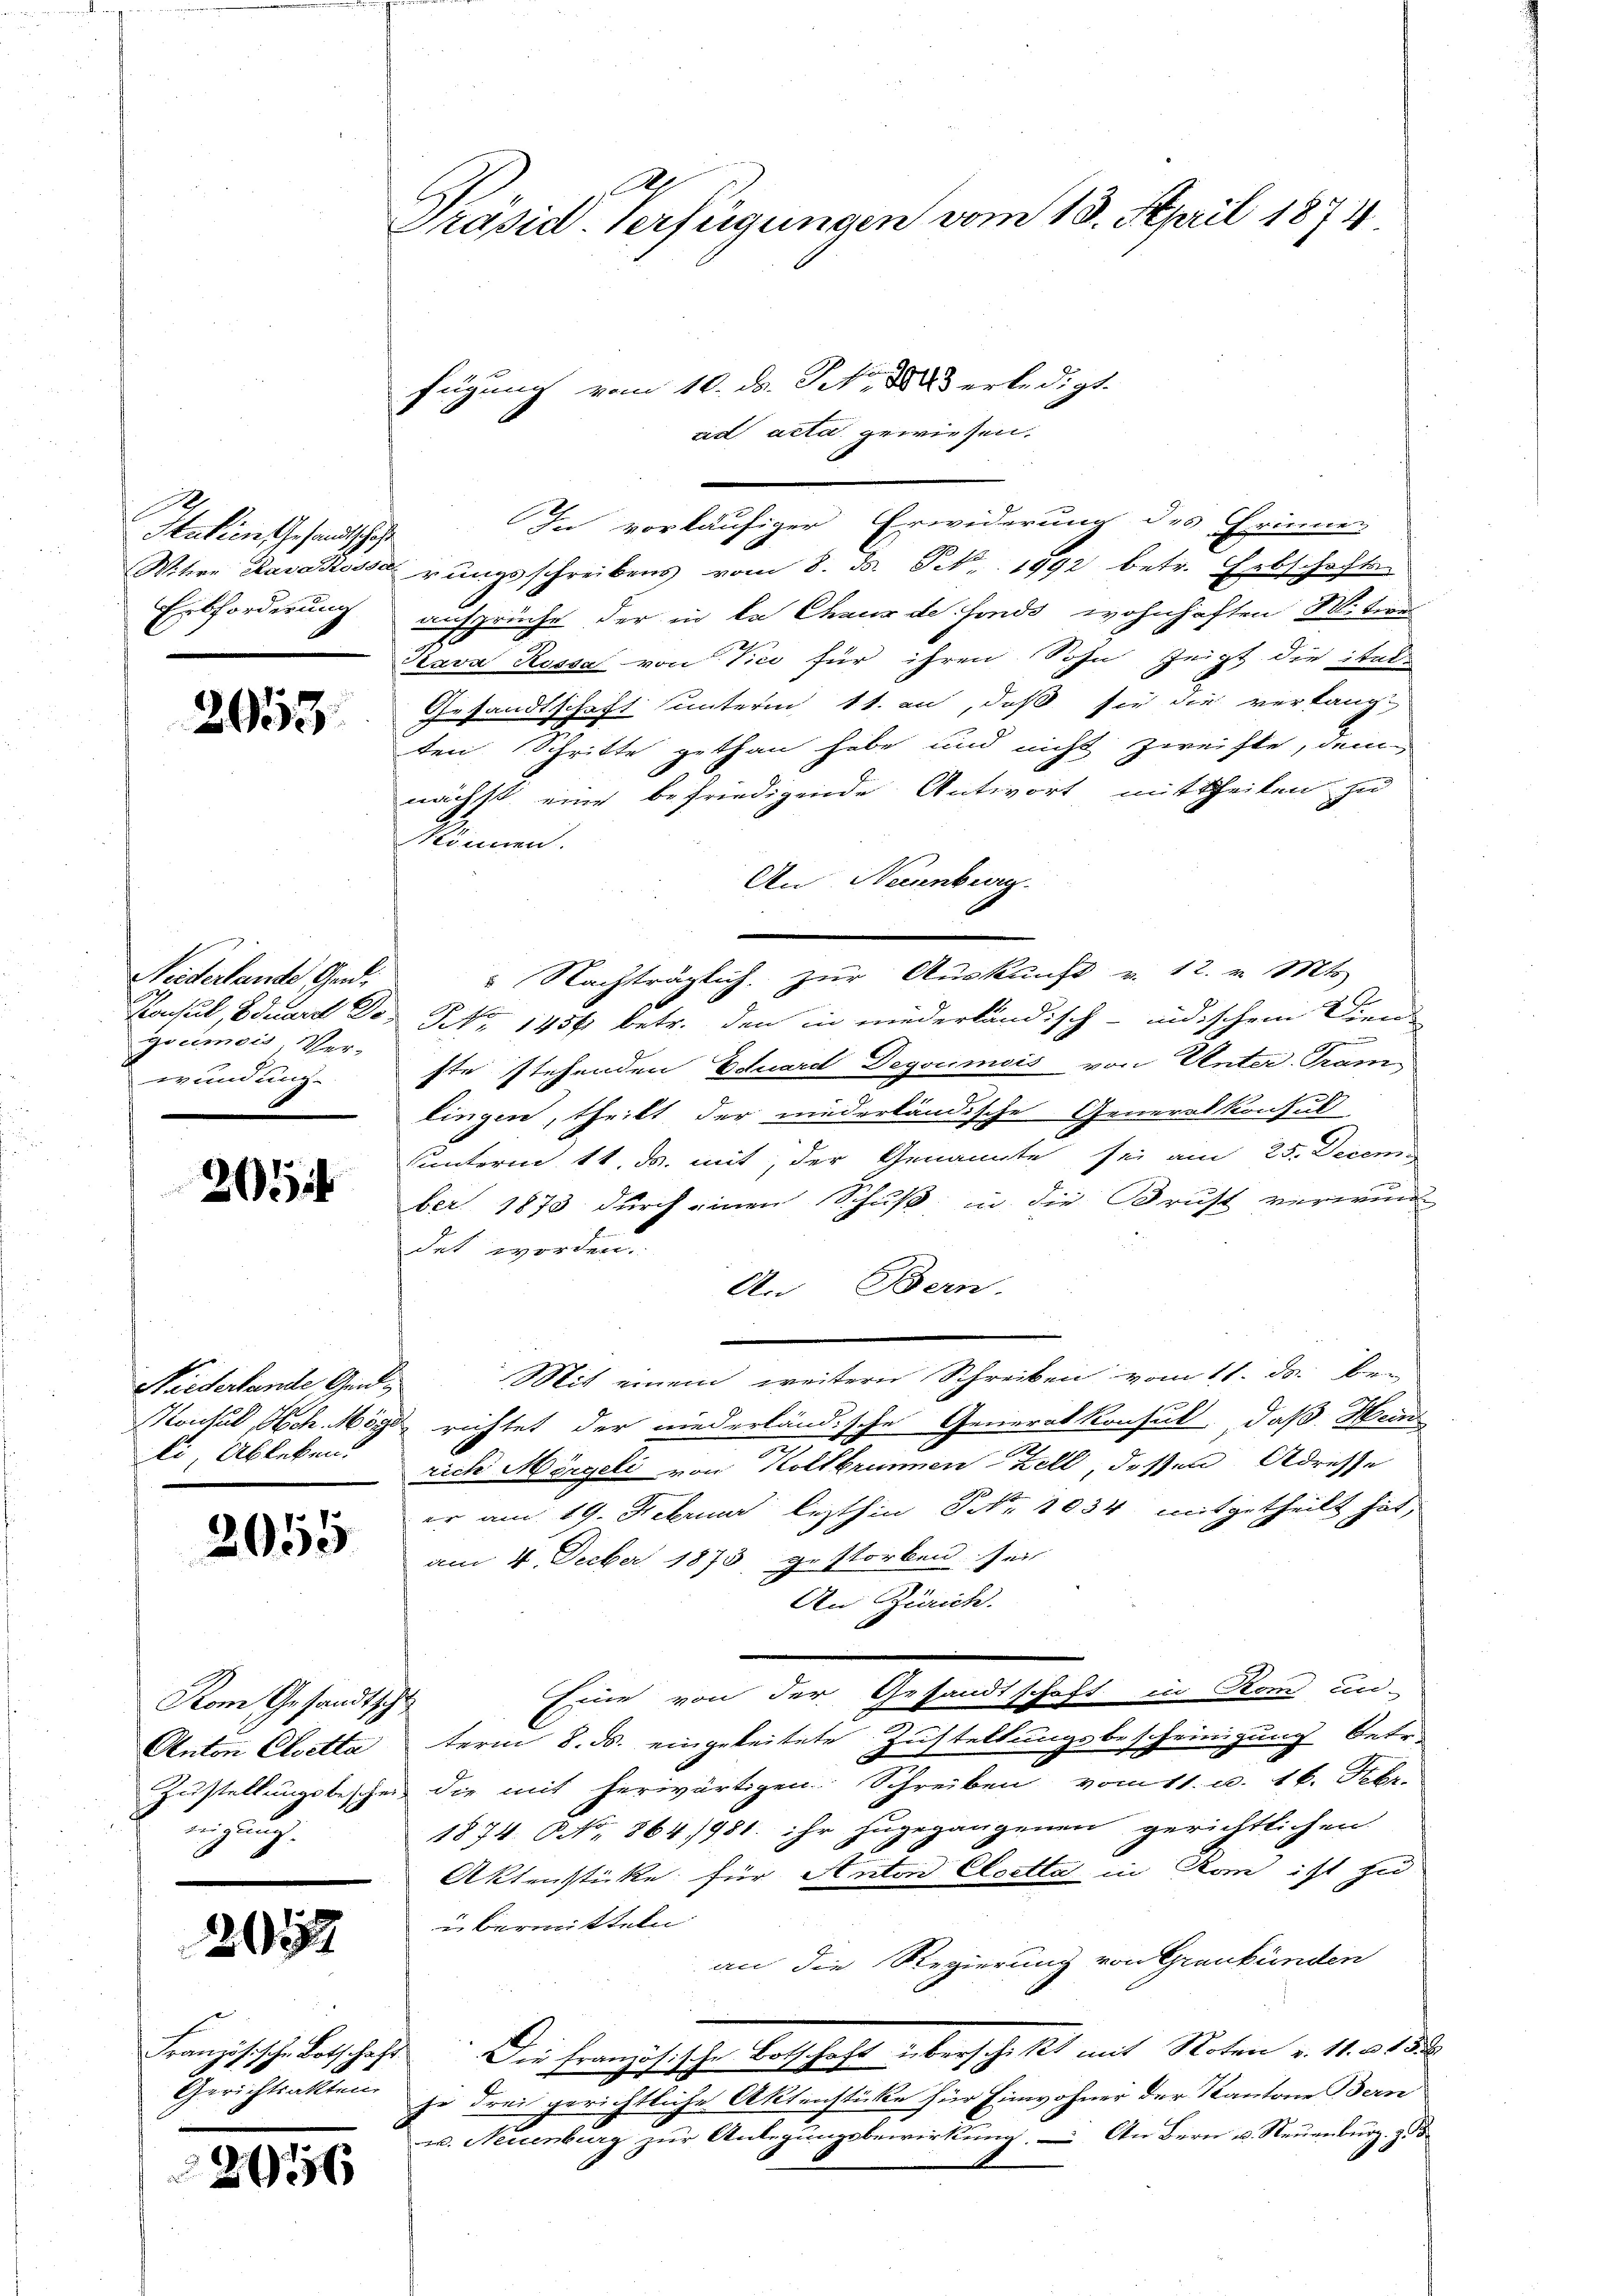
Italien Gesandtschaft
Erbforderung

2053

Niederlande Gedi
Konsul, Eduard Dogocimois, Ver-
wundung

205

Niederlande Gend
li Ableben:

2055

Kom Gesandtsc
Anton Cloetta
Zustellungsbesche
u

21

Französische Botschaf
Gerichtsalten

2056

6
Präsid. Verfügungen vom 18. April 1874.

fügung vom 10. ds. S. 1883 erledigt.
ad acta gewiesen.
In vorläufiger Erwiderung des Erinner

Witwe Paradossa ringsschreibens vom 8. d. P. 1992 betr. Erbschafts-
sprüche der in de Chaus de fonds wohnhaften M. den
Nava Kessa von Vici für ihren Sohn zeigt die ital-
Gesandtschaft unterm 11. an, daß sie die verlangt
ten Schritte gethan habe und nicht zweifte, dem
nächst eine befriedigende Antwort mittheilen zu
können.
An Neuenburg.
" Nachträglich, zur Auskunft v. 12. v. Mts.
NNo. 1456 betr. den in niederländisch-indischem Dien
macht ge
ste stehenden Eduard Degoumois von Unter-Gram
lingen, theilt der niederländische Generalkonsul
Sunterin 11. ds. mit, der Genannte sei au 25. Decem
ber 1878 durch einen Schuß u. die Brust verwund
det worden.
An Bern.
Mit einem weitern Schreiben vom 11. ds. ben
Konsul, Hch. Möge richtet der niederländische Generalkonsul, daß Hein
rich Morgeli von Kollbrunnen Zell, deßen Adresse
er am 19. Februar lezthin Nr. 1034 mitgetheilt hat,
am 4. Feeber 1873 gestorben sei
An Zürich.
Eine von der Gesandtschaft in Rom un-
.
term 8. ds. eingeleitete Zustellungsbescheinigung betr.
die mit herwärtigen Schreiben vom 11. u. 16. Febr.
1874. No. 864/981. ihr zugegangenen gerichtlichen
Aktenstücke für Anton Elsetta in Rom ist zu
übermitteln
an die Regierung von Graubünden
d Die französische Botschaft überschritt mit Noten v. 11. v. 1820
je drei gerichtliche Aktenstücke für Einwohner der Kantone Bern
u. Neuenburg zur Anlegungsbewirkung. – An Bern u. Neuenburg z.